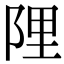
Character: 䧉